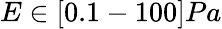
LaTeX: E\in[0.1-100]Pa